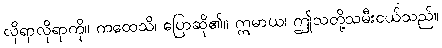
လိုရာလိုရာကို။ ကထေသိ၊ ပြောဆို၏။ ဣမာယ၊ ဤသတို့သမီးငယ်သည်။